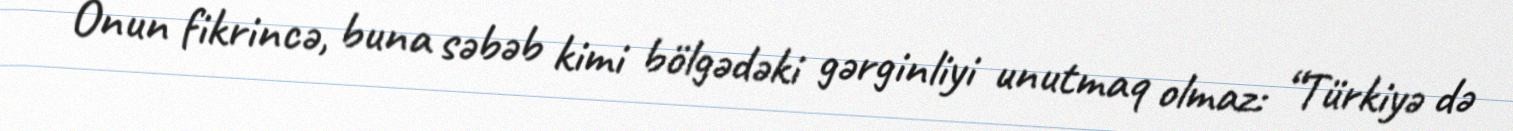
Onun fikrincə, buna səbəb kimi bölgədəki gərginliyi unutmaq olmaz: “Türkiyə də